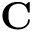
\mathbf { C }